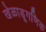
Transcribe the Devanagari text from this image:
खेळाडूगणिक